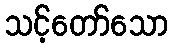
သင့်တော်သော